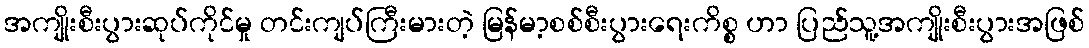
အကျိုးစီးပွားဆုပ်ကိုင်မှု တင်းကျပ်ကြီးမားတဲ့ မြန်မာ့စစ်စီးပွားရေးကိစ္စ ဟာ ပြည်သူ့အကျိုးစီးပွားအဖြစ်